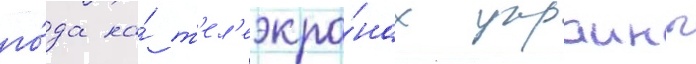
го́да на́ т'ел'еэкра́нах украины